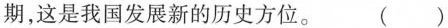
期，这是我国发展新的历史方位。 ()